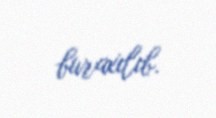
buraxılıb.